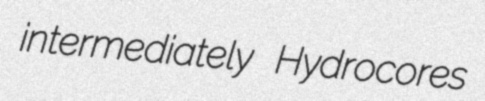
intermediately Hydrocores